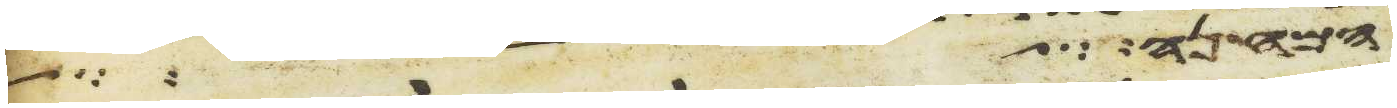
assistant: המחנה כל